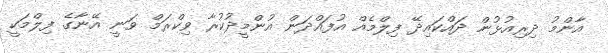
އާންމު ދިރިއުޅުން ދައްކައިދޭ ފިލްމެއް އުފައްދަން އުންމީދުކުރާ ވިކްރަމް ވަނީ އޭނާގެ ފިލްމަކީ